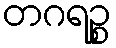
တဂရဉ္စ